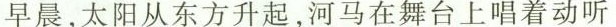
早晨，太阳从东方升起，河马在舞台上唱着动听